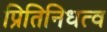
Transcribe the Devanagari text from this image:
प्रितिनिधत्व